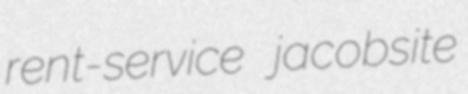
rent-service jacobsite